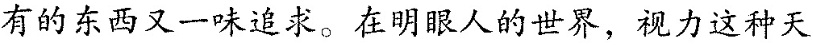
有的东西又一味追求。在明眼人的世界，视力这种天